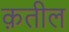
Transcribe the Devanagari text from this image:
क़तील